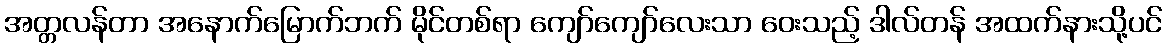
အတ္တလန်တာ အနောက်မြောက်ဘက် မိုင်တစ်ရာ ကျော်ကျော်လေးသာ ဝေးသည့် ဒါလ်တန် အထက်နားသို့ပင်